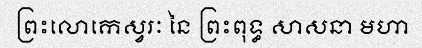
ព្រះលោកេស្វរៈ នៃ ព្រះពុទ្ធ សាសនា មហា